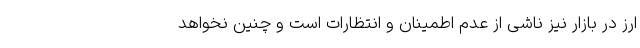
ارز در بازار نیز ناشی از عدم اطمینان و انتظارات است و چنین نخواهد